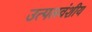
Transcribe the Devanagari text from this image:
उत्पलवंशीय